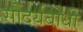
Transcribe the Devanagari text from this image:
सौंदर्यबोधी